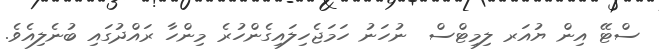
ސްޓޭ އިން ޔުއަރ ލިމިޓްސް  ނުހަނު ހަމަޖެހިލައިގެންހުރެ މިންހާ ރައްދުގައި ބުނެލިއެވެ.